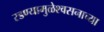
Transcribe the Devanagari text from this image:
रडण्यामुळेश्वसनाच्या